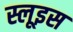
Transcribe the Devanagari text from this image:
स्लूइस